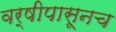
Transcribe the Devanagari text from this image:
वर्षीपासूनच